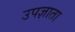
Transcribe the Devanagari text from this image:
उपज्ञाता